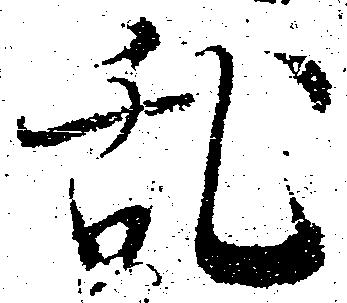
乱